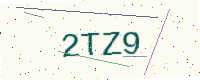
Text: 2TZ9